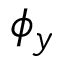
\phi _ { y }